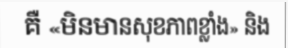
គឺ «មិនមានសុខភាពខ្លាំង» និង